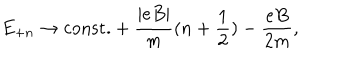
E _ { + n } \rightarrow \mathrm { c o n s t . } + \frac { | e B | } { m } ( n + { \frac { 1 } { 2 } } ) - \frac { e B } { 2 m } ,